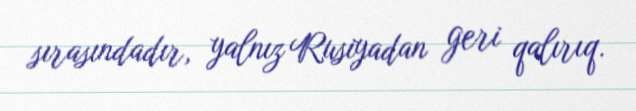
sırasındadır, yalnız Rusiyadan geri qalırıq.